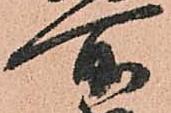
所